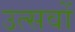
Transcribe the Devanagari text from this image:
उत्सवों